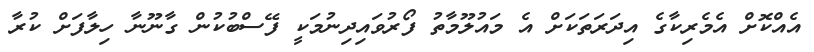
އެއްކޮށް އެމެރިކާގެ އިދަރަތަކަށް އެ މައުލޫމާތު ފޯރުވައިދިނުމަކީ ފޭސްބުކުން ގާނޫނާ ހިލާފަށް ކުރާ